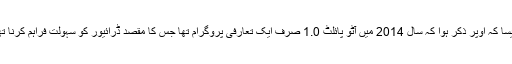
جیسا کہ اوپر ذکر ہوا کہ سال 2014 میں آٹو پائلٹ 1.0 صرف ایک تعارفی پروگرام تھا جس کا مقصد ڈرائیور کو سہولت فراہم کرنا تھا۔